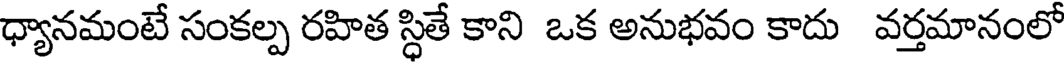
ధ్యానమంటే సంకల్ప రహిత స్థితే కాని ఒక అనుభవం కాదు వర్తమానంలో